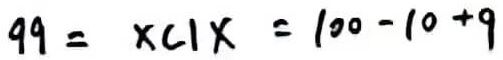
$99 = x(1)x$，$x = 100 - 10 + 9$